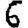
Digit: 6